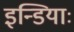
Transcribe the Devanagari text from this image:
इन्डियाः